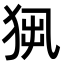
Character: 𤞁